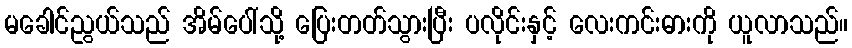
မခေါင်ညွယ်သည် အိမ်ပေါ်သို့ ပြေးတတ်သွားပြီး ပလိုင်းနှင့် လေးကင်းဓားကို ယူလာသည်။